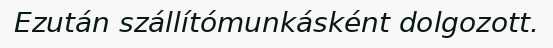
Ezután szállítómunkásként dolgozott.